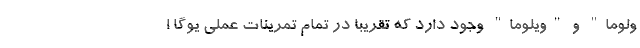
ولوما" و "ویلوما" وجود دارد که تقریبا در تمام تمرینات عملی یوگا ا